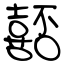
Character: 嚭